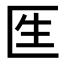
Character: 𠤵